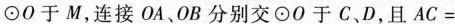
\odot O于M，连接OA、OB分别交\odot O于C、D，且$$A C =